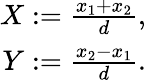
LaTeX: \begin{array}{r}{X:=\frac{x_{1}+x_{2}}{d},}\\ {Y:=\frac{x_{2}-x_{1}}{d}.}\end{array}